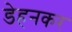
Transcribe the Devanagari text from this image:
डेहनकर